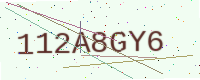
Text: 112A8GY6